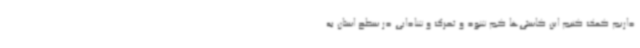
داریم کمک کنیم این کاستی‌ها کم شود و تحرک و شادابی در سطح استان به